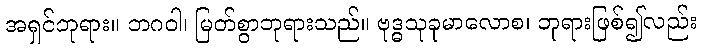
အရှင်ဘုရား။ ဘဂဝါ၊ မြတ်စွာဘုရားသည်။ ဗုဒ္ဓသုခုမာလောစ၊ ဘုရားဖြစ်၍လည်း